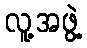
လူ့အဖွဲ့